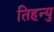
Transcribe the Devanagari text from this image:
तिहन्यु